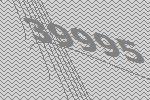
39995